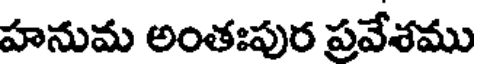
హనుమ అంతఃపుర ప్రవేశము